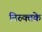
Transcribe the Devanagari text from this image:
निरुक्तके